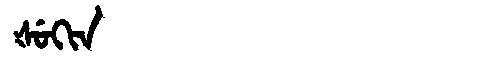
Manchu: ᡧᡠᡴᡳᠨ
Romanization: ŠUKIN